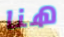
هنا